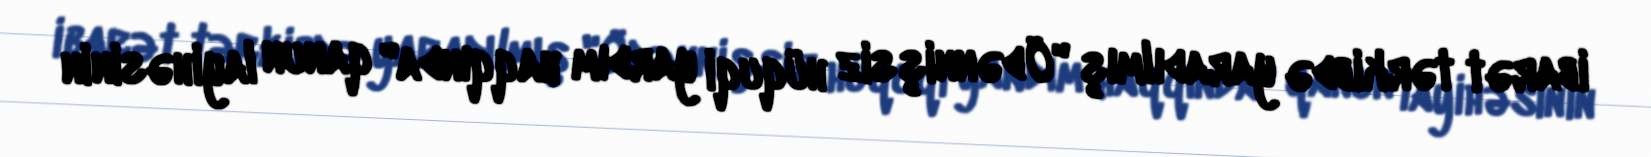
ibarət tərkibdə yaradılmış "Ödənnişsiz hüquqi yardım haqqında" qanun layihəsinin